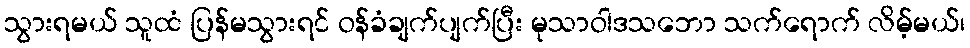
သွားရမယ် သူထံ ပြန်မသွားရင် ဝန်ခံချက်ပျက်ပြီး မုသာဝါဒသဘော သက်ရောက် လိမ့်မယ်၊